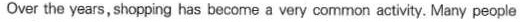
Over the years, shopping has become a very common activity. Many people